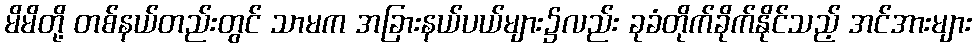
မိမိတို့ တစ်နယ်တည်းတွင် သာမက အခြားနယ်ပယ်များ၌လည်း ခုခံတိုက်ခိုက်နိုင်သည့် အင်အားများ